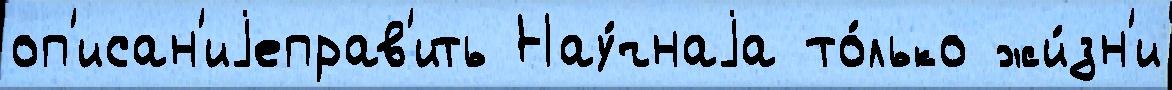
оп'исан'иjеправ'ить Нау́чнаjа то́лько жи́зн'и